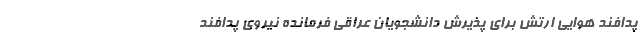
پدافند هوایی ارتش برای پذیرش دانشجویان عراقی فرمانده نیروی پدافند